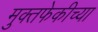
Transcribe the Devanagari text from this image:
मुक्तफेकीच्या